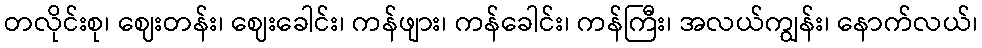
တလိုင်းစု၊ ဈေးတန်း၊ ဈေးခေါင်း၊ ကန်ဖျား၊ ကန်ခေါင်း၊ ကန်ကြီး၊ အလယ်ကျွန်း၊ နောက်လယ်၊